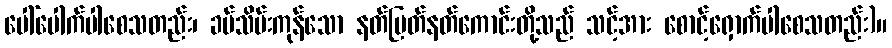
ပေါ်ပေါက်ပါစေသတည်း၊ ခပ်သိမ်းကုန်သော နတ်မြတ်နတ်ကောင်းတို့သည် သင့်အား စောင့်ရှောက်ပါစေသတည်း)။